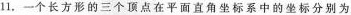
1.一个长方形的三个顶点在平面直角坐标系中的坐标分别为